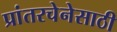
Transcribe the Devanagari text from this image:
प्रांतरचेनेसाठी